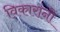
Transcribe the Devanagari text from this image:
विकारांनी